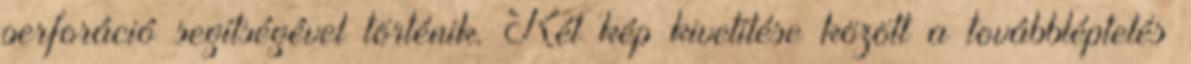
perforáció segítségével történik. Két kép kivetítése között a továbbléptetés